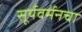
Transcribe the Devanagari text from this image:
सूर्यवर्मनचा